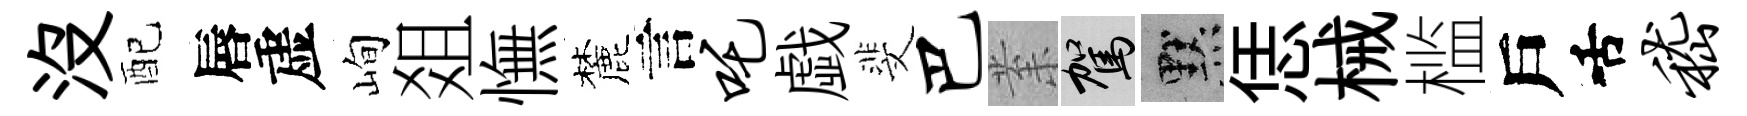
没配唇虚峋爼憮麓言吒戯斐巴𭪙駕默恁械槛戶舌嵇